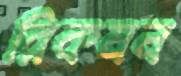
রিকমন